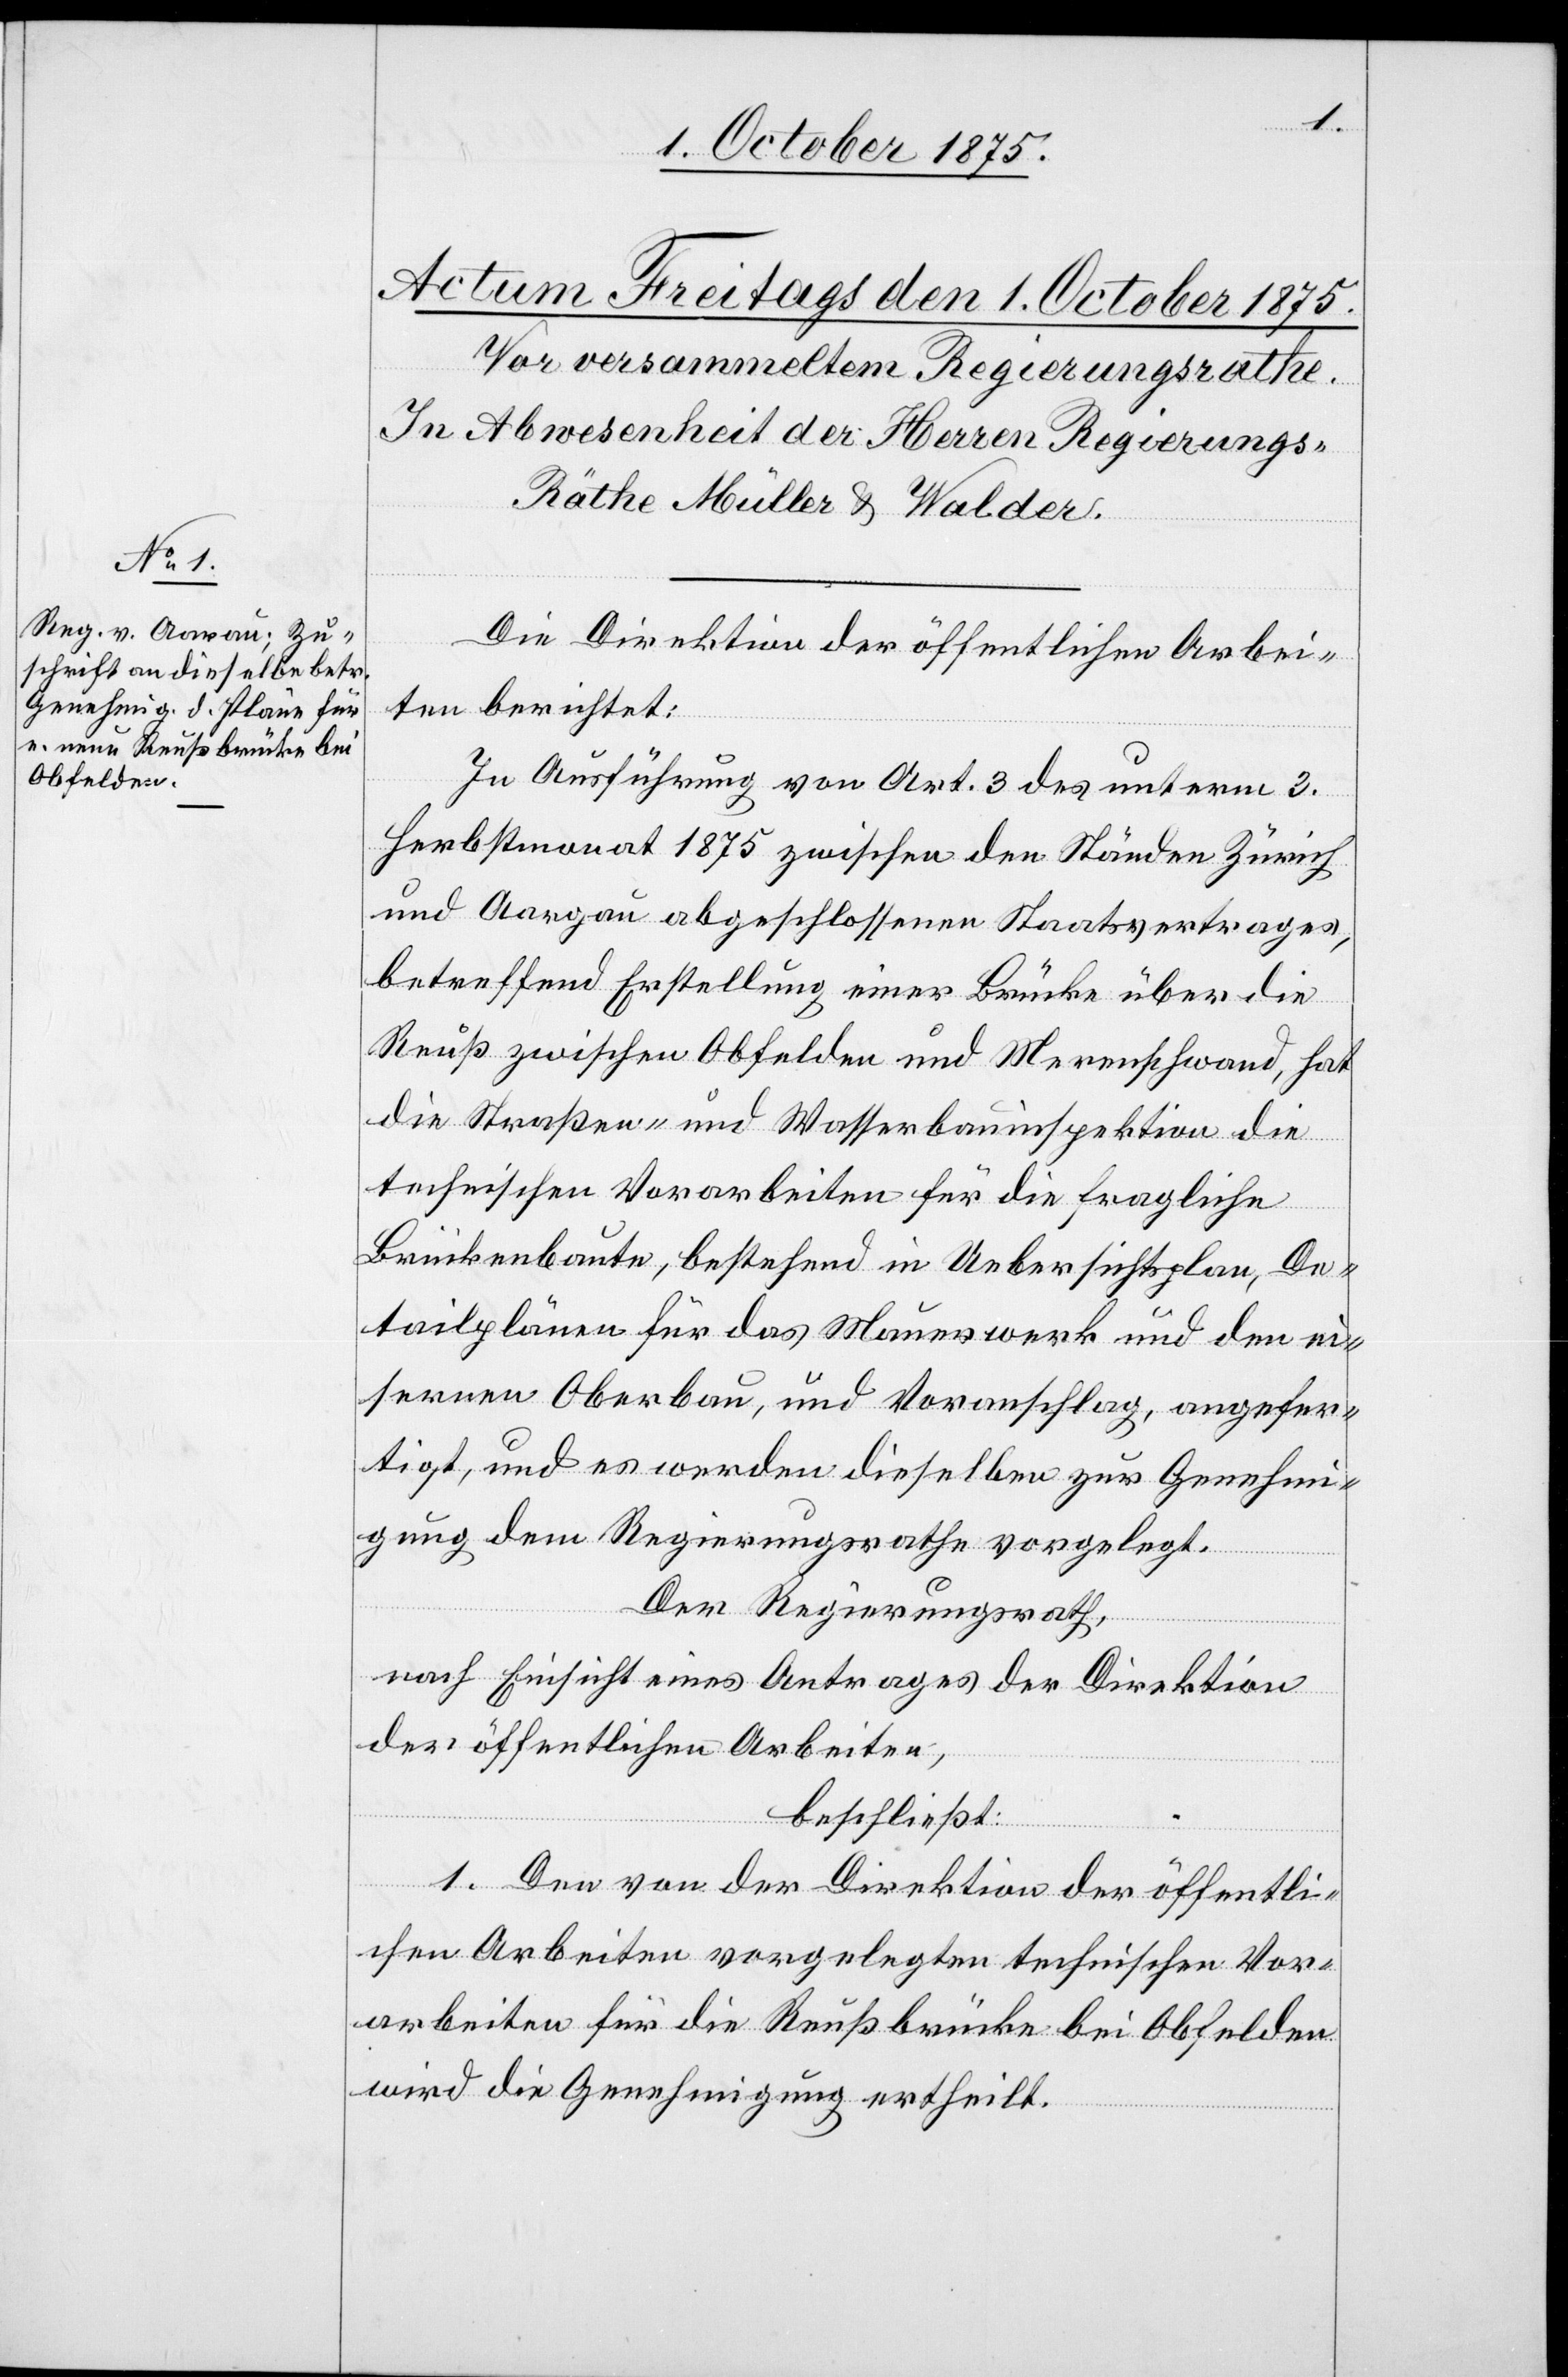
Die Direktion der öffentlichen Arbei¬
ten berichtet:
In Ausführung von Art. 3 des unterm 3.
Herbstmonat 1875 zwischen den Ständen Zürich
und Aargau abgeschlossenen Staatsvertrages,
betreffend Erstellung einer Brücke über die
Reuß zwischen Obfelden und Merenschwand, hat
die Straßen und Wasserbauinspektion die
technischen Vorarbeiten für die fragliche
Brückenbaute, bestehend in Uebersichtsplan, De¬
tailplänen für das Mauerwerk und den ei¬
sernen Oberbau, und Voranschlag, angefer¬
tigt, und es werden dieselben zur Genehmi¬
gung dem Regierungsrathe vorgelegt.
Der Regierungsrath,
nach Einsicht eines Antrages der Direktion
der öffentlichen Arbeiten,
beschließt:
1. Den von der Direktion der öffentli¬
chen Arbeiten vorgelegten technischen Vor¬
arbeiten für die Reußbrücke bei Obfelden
wird die Genehmigung ertheilt.